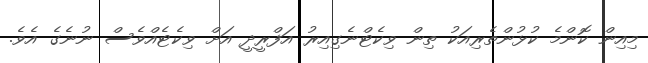
މިއިން ކޮންމެ ކުޅުންތެރިއަކު ތިން ވިކެޓްނެގިއިރު އަފްރީދީ އަށް ވިކެޓެއްވެސް ނުނެގެ އެވެ.